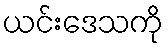
ယင်းဒေသကို